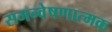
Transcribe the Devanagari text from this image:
समन्वेषणात्मक